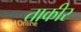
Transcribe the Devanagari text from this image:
ताकीर